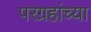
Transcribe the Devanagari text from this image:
परग्रहांच्या